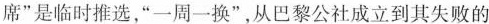
席”是临时推选，”一周一换”，从巴黎公社成立到其失败的